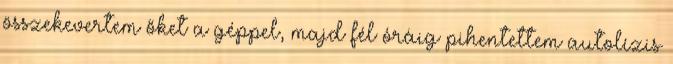
összekevertem őket a géppel, majd fél óráig pihentettem autolízis